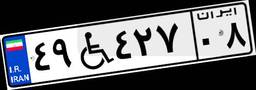
۴۹W۴۲۷۰۸